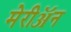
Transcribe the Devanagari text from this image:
मेरीॲन